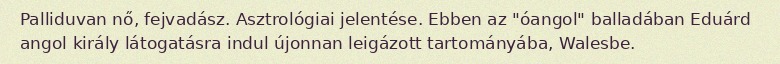
Palliduvan nő, fejvadász. Asztrológiai jelentése. Ebben az "óangol" balladában Eduárd angol király látogatásra indul újonnan leigázott tartományába, Walesbe.